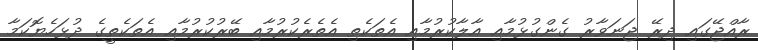
ރާއްޖޭގައި ދިރޭ ޖަނަވާރު ގެންގުޅުމާއި އާލާކުރުމާއި އެތަކެތި އެތެރެކުރުމާއި ބޭރުކުރުމާއި އެތަކެތީގެ ދުޅަހެޔޮކަމާ